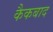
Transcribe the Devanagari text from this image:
कैकबाद